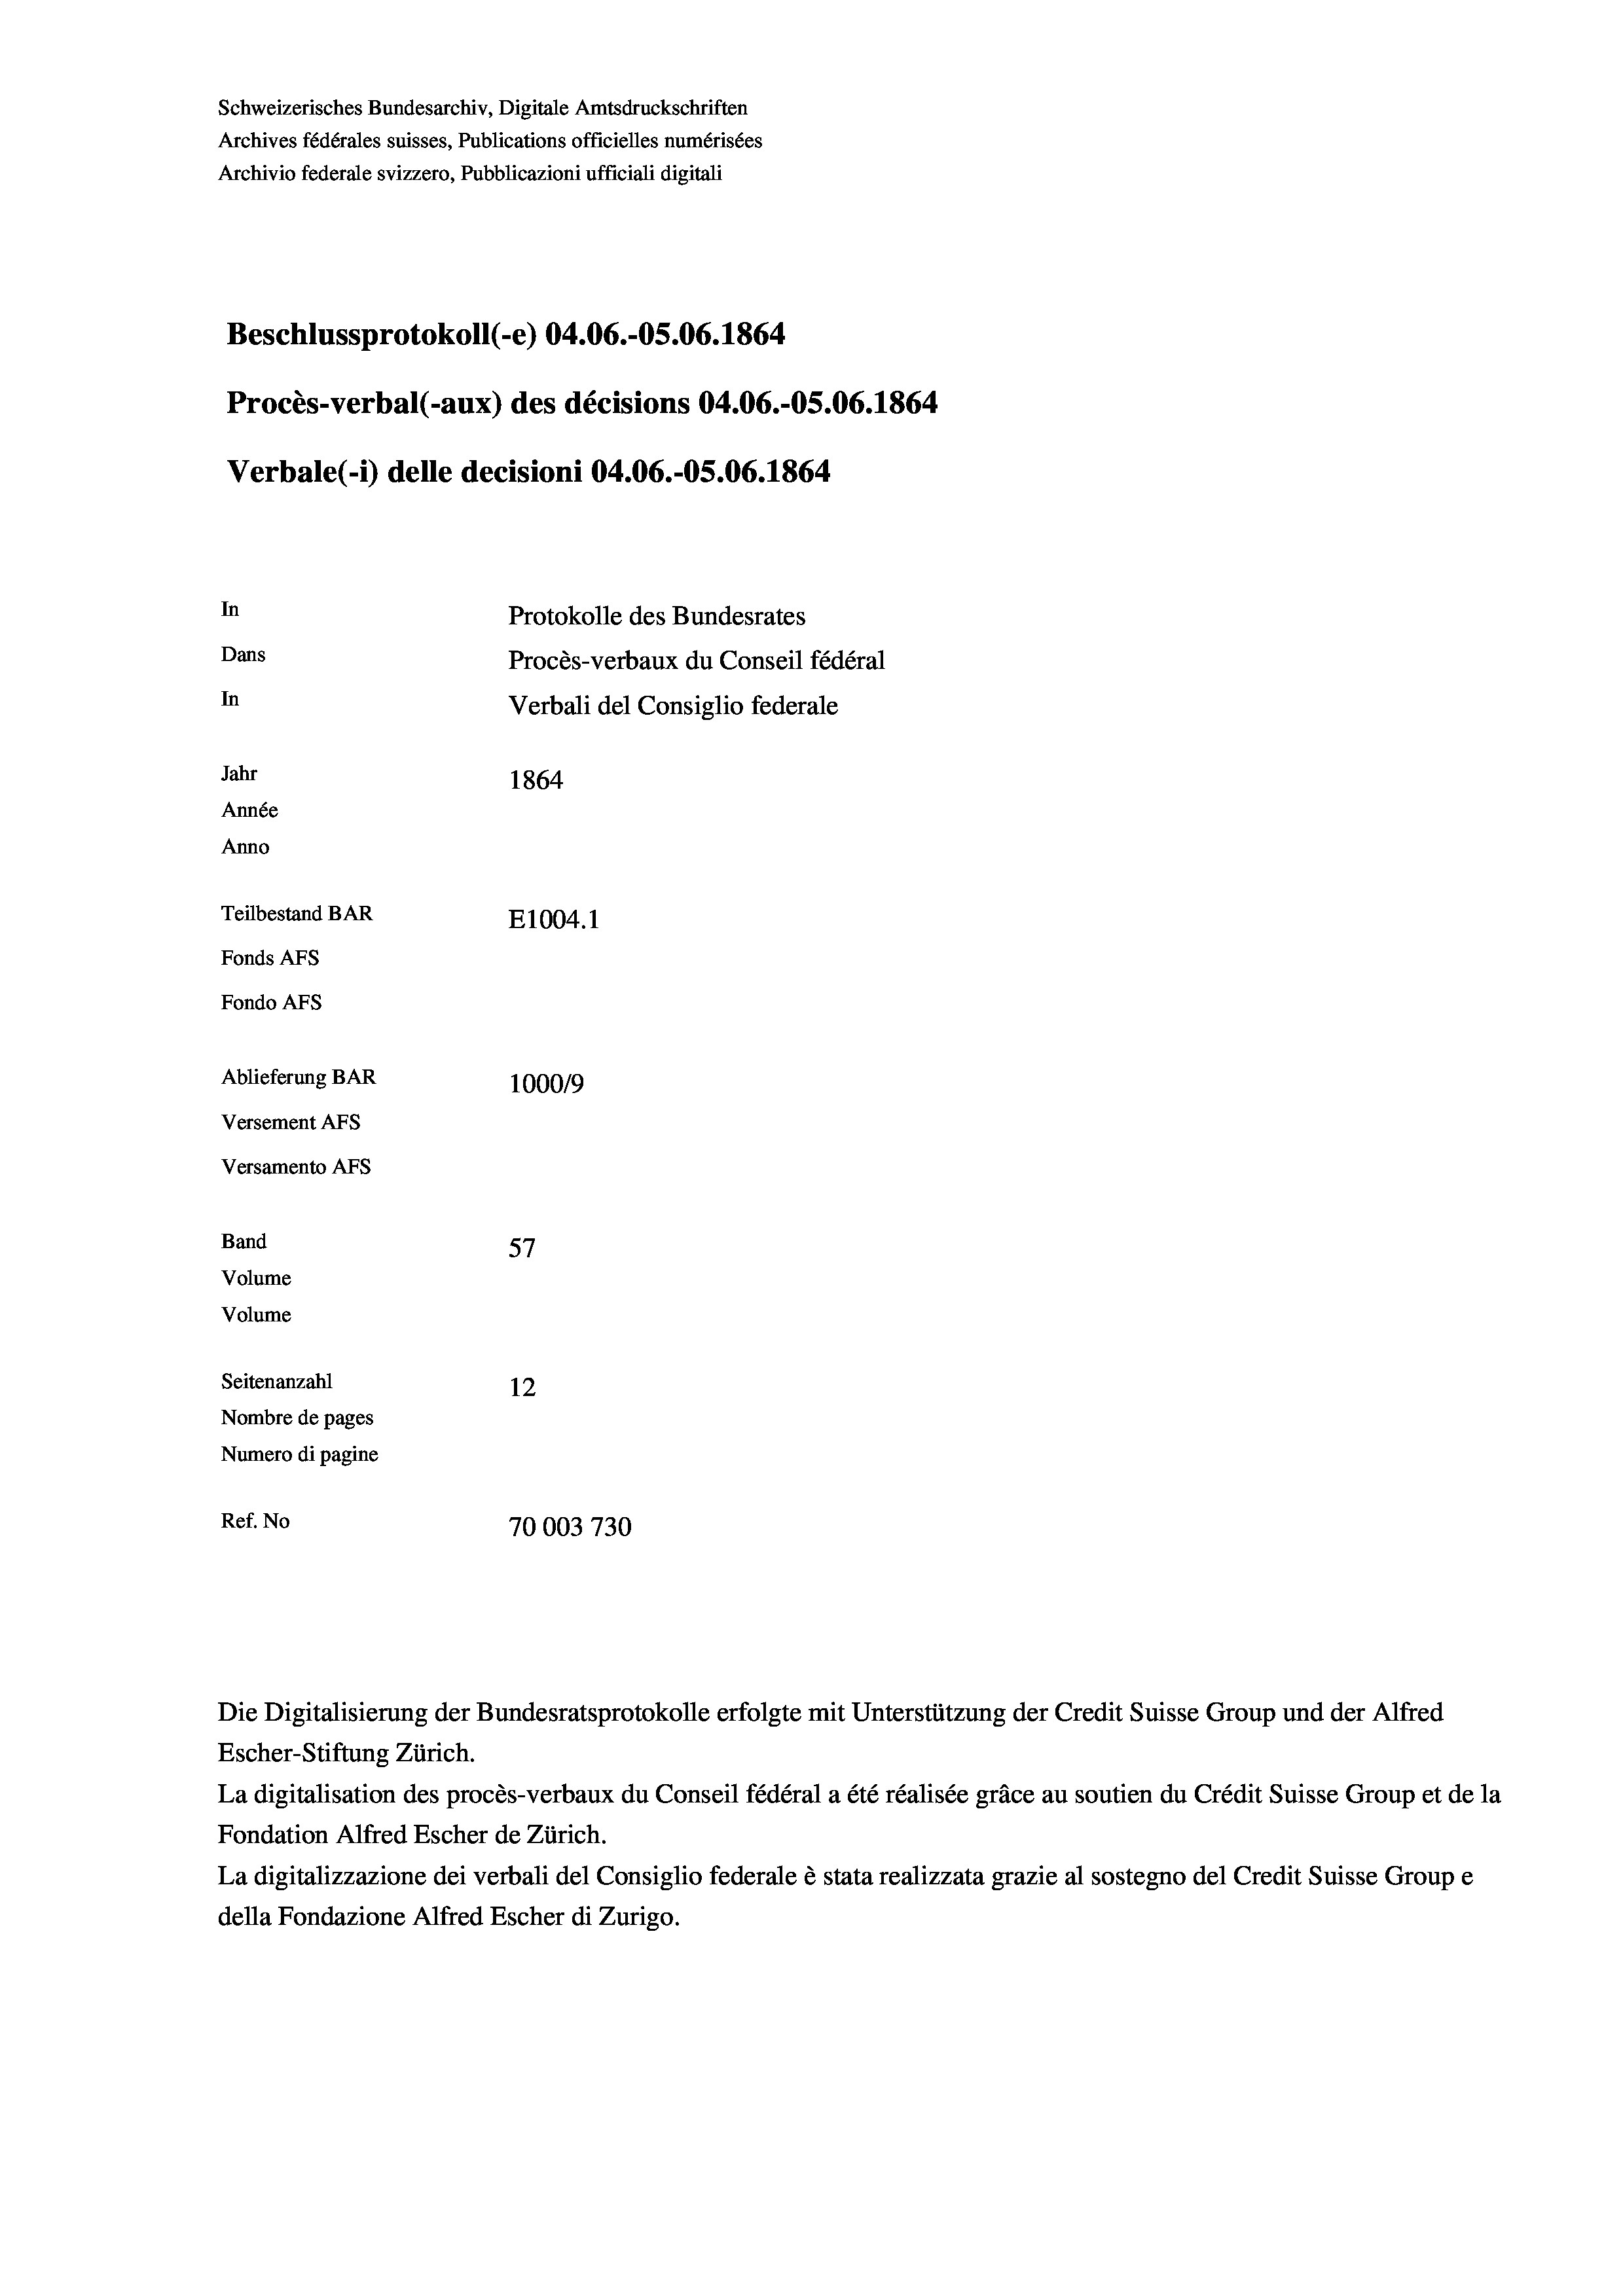
Schweizerisches Bundesarchiv, Digitale Amtsdruckschriften
Archives fédérales suisses, Publications officielles numérisées
Archivio federale svizzero, Pubblicazioni ufficiali digitali
Beschlussprotokoll (-e) 04.06.-OS.06. 1864
Procès-verbal (-aux) des décisions 04.06.-OS.06. 1864
Verbale (- 1) delle decisioni 04.06.-OS.06. 1864
In
Protokolle des Bundesrates
Dans
Procès-verbaux du Conseil fédéral
In
Verbali del Consiglio federale
Jahr
1864
Année
Anno
Teilbestand BAR
E1004.1
Fonds AFs
Fondo AFs
Ablieferung BAR
100019
Versement AFs
Versamento AFs
Band
57
Volume
Volume
Seitenanzahl
12
Nombre de pages
Numero di pagine
Ref. No
70003 730

Escher-Stiftung Zürich.
La digitalisation des procès-verbaux du Conseil fédéral a été réalisée gräce au soutien du Crédit Suisse Group et de la
Fondation Alfred Escher de Zürich.
La digitalizzazione dei verbali del Consiglio federale è stata realizzata grazie al sostegno del Credit Suisse Groupe
della Fondazione Alfred Escher di Zurigo.

Die Digitalisierung der Bundesratsprotokolle erfolgte mit Unterstützung der Credit Suisse Group und der Alfred